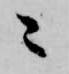
々